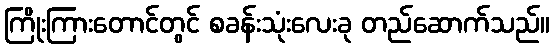
ကြိုးကြားတောင်တွင် စခန်းသုံးလေးခု တည်ဆောက်သည်။